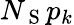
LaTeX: N_{\mathrm{~S~}}p_{k}